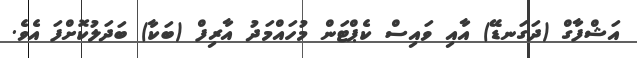
އަޝްފާގް (ދަގަނޑޭ) އާއި ވައިސް ކެޕްޓަން މުހައްމަދު އާރިފް (ބަކާ) ބަދަލުކޮށްފަ އެވެ.